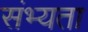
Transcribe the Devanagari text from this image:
संभ्यता